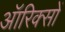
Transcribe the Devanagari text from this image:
ऑरिक्सों